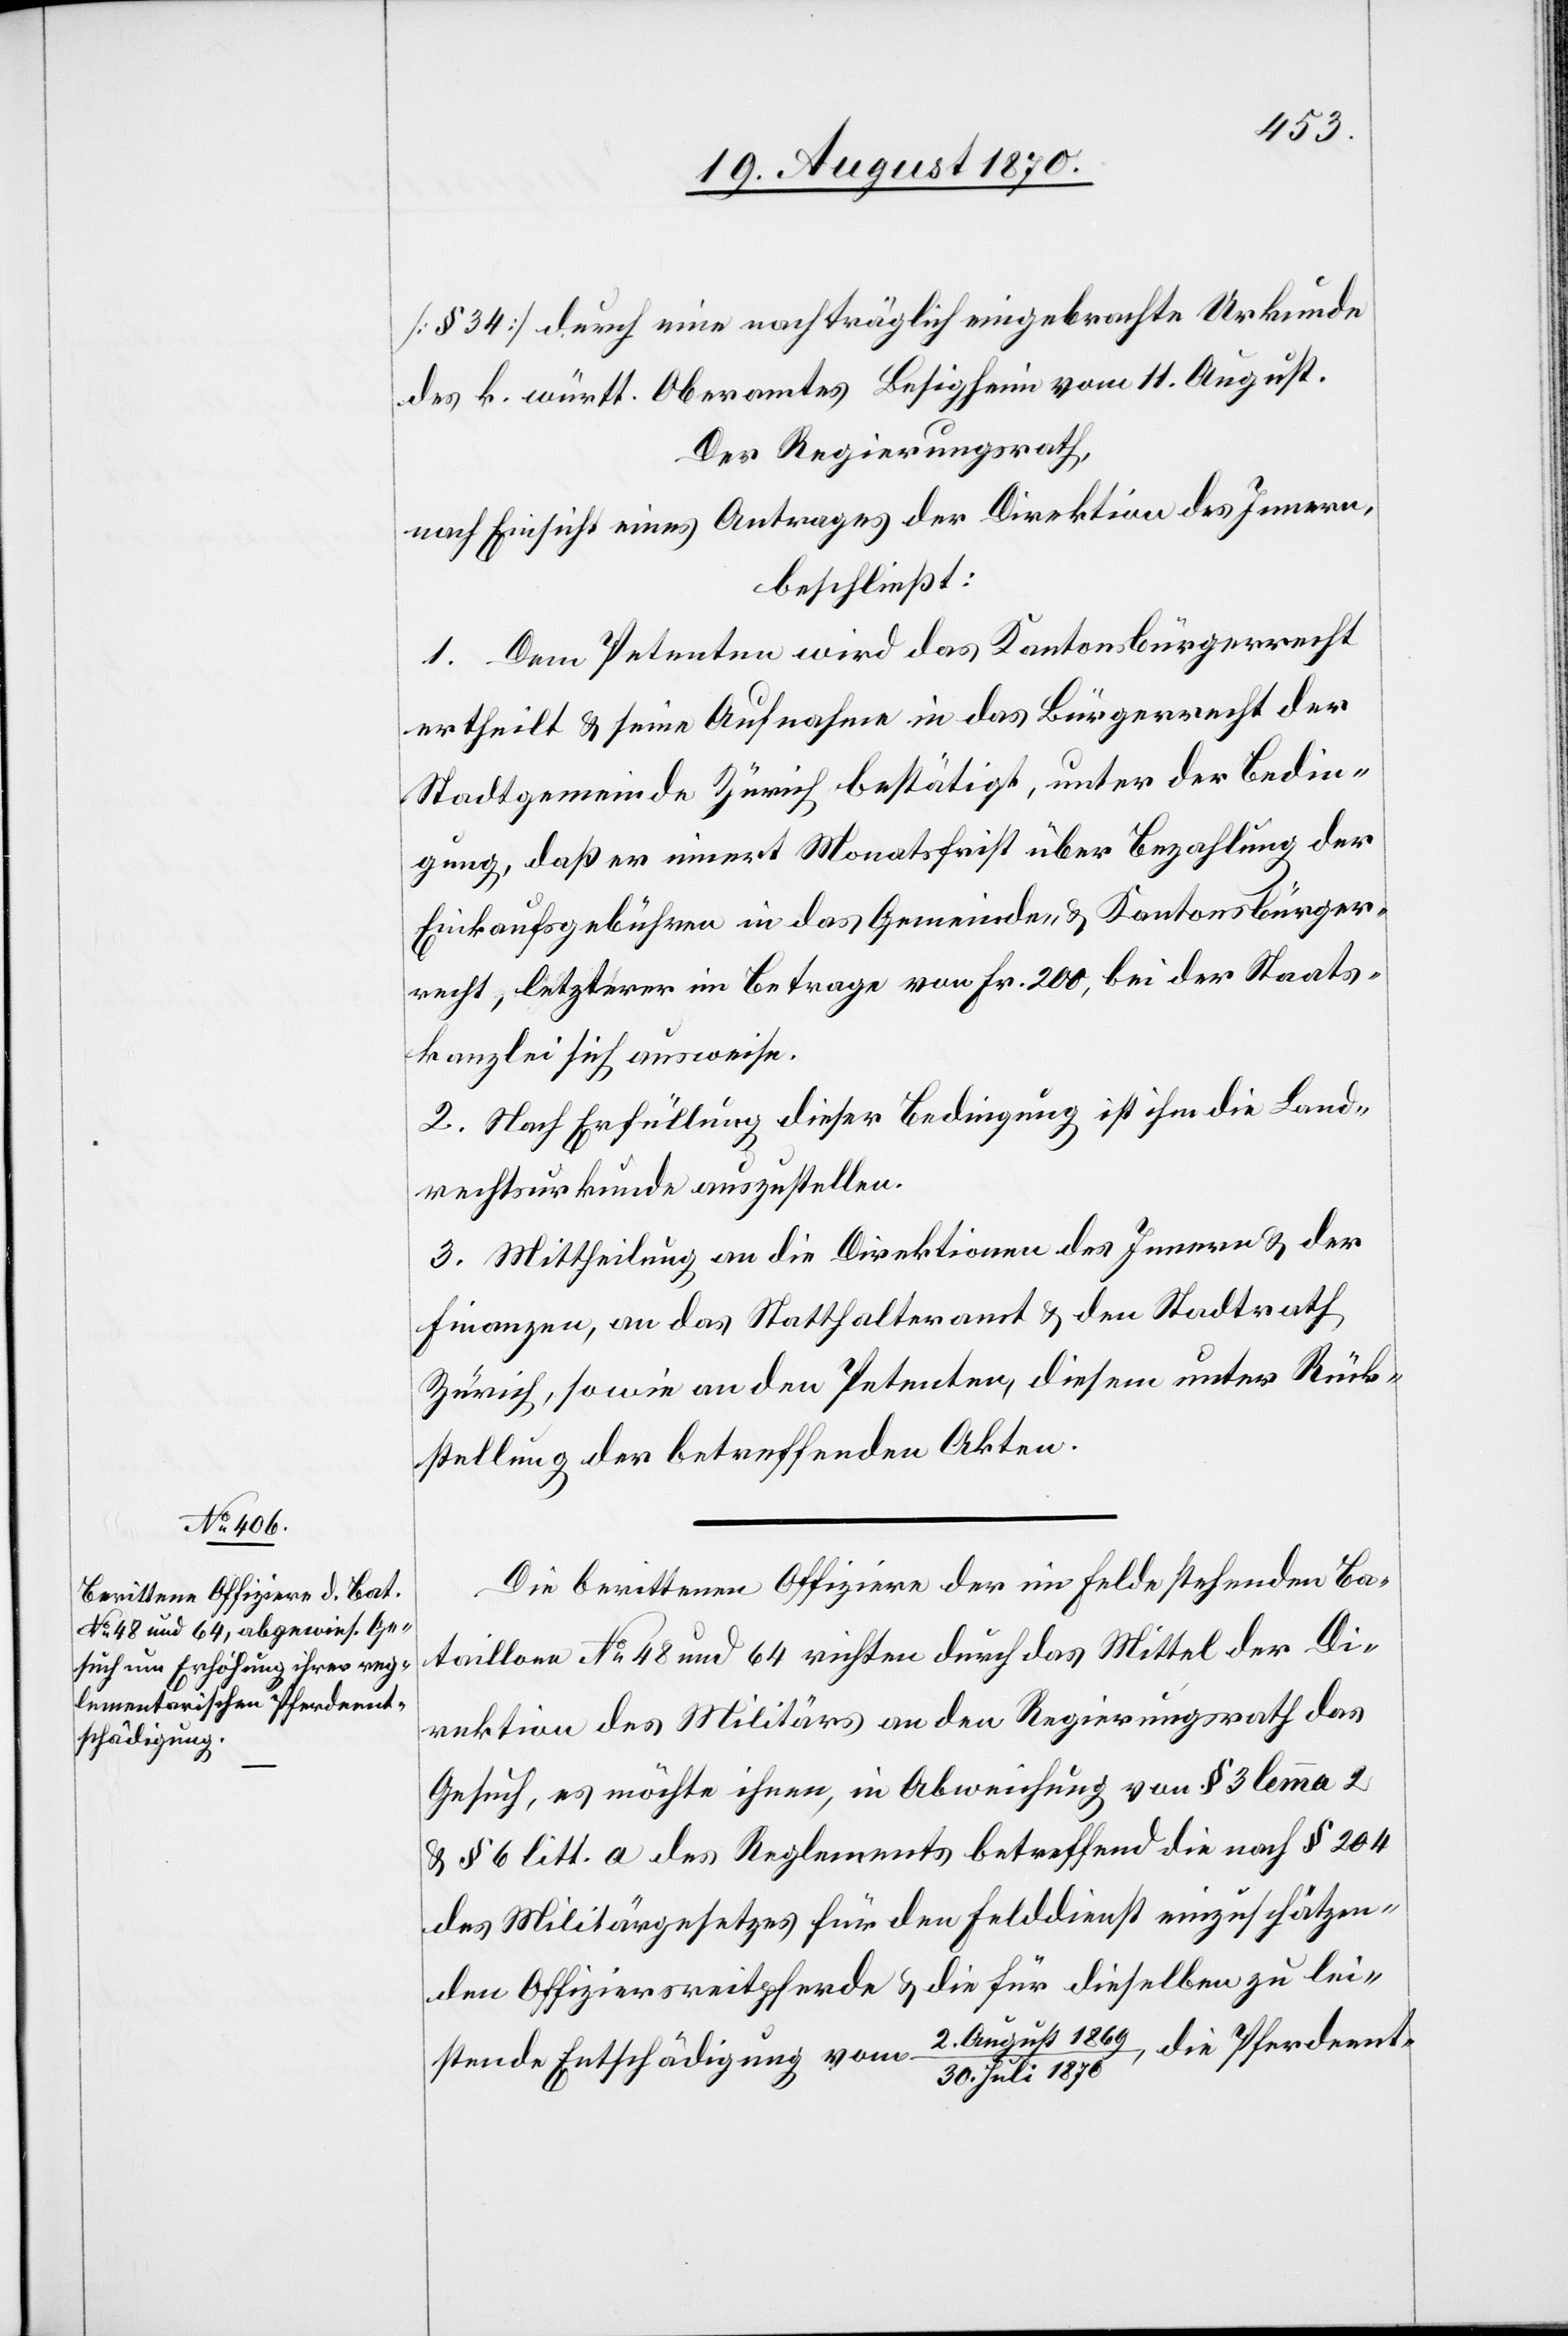
[§ 34] durch eine nachträglich eingebrachte Urkunde
des k. württ. Oberamtes Besigheim vom 11. August.
Der Regierungsrath,
nach Einsicht eines Antrages der Direktion des Innern,
beschließt:
1. Dem Petenten wird das Kantonsbürgerrecht
ertheilt & seine Aufnahme in das Bürgerrecht der
Stadtgemeinde Zürich bestätigt, unter der Bedin¬
gung, daß er innert Monatsfrist über Bezahlung der
Einkaufsgebühren in das Gemeinde- & Kantonsbürger¬
recht, letzterer im Betrage von Fr. 200, bei der Staats¬
kanzlei sich ausweise.
2. Nach Erfüllung dieser Bedingung ist ihm die Land¬
rechtsurkunde auszustellen.
3. Mittheilung an die Direktionen des Innern & der
Finanzen, an das Statthalteramt & den Stadtrath
Zürich, sowie an den Petenten, diesem unter Rück¬
stellung der betreffenden Akten.
Die berittenen Offiziere der im Felde stehenden Ba¬
taillone No 48 und 64 richten durch das Mittel der Di¬
rektion des Militärs an den Regierungsrath das
Gesuch, es möchte ihnen, in Abweichung von § 3 lemma 2
& § 6 litt. a des Reglementes betreffend die nach § 204
des Militärgesetzes für den Felddienst einzuschätzen¬
den Offiziersreitpferde & die für dieselben zu lei¬
1870, die Pferdeent-
stende Entschädigung vom 2. August 1869/30.